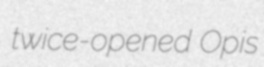
twice-opened Opis